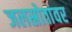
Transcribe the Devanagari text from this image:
जलस्रोतांवर